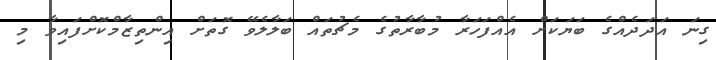
ގިނަ އަދަދެއްގެ ބަޔަކަށް އެއްފަހަރާ މުބާރާތުގެ މެޗުތައް ބަލާލެވޭ ގޮތަށް އިންތިޒާމްކޮށްފައިވާ މި